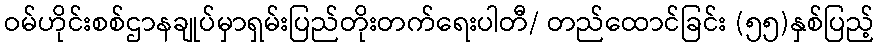
ဝမ်ဟိုင်းစစ်ဌာနချုပ်မှာရှမ်းပြည်တိုးတက်ရေးပါတီ/ တည်ထောင်ခြင်း (၅၅)နှစ်ပြည့်